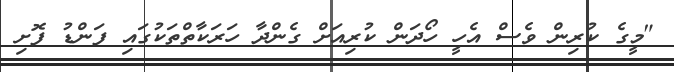
"މީގެ ކުރިން ވެސް އެހީ ހޯދަން ކުރިއަށް ގެންދާ ހަރަކާތްތަކުގައި ފަންޑު ފޮށި